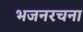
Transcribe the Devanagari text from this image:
भजनरचना